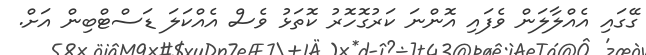
ގޭގައި އެއްލާލަން ވެފައި އޮންނަ ކަރުގޮހޮރު ކޮތަޅު ވެސް އެއްކަލަ ޑަސްޓްބިން އަށް.